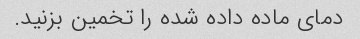
دمای ماده داده شده را تخمین بزنید.